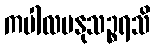
ကပါလမနုသဉ္စရသိ